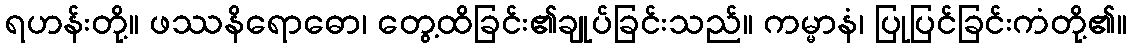
ရဟန်းတို့။ ဖဿနိရောဓော၊ တွေ့ထိခြင်း၏ချုပ်ခြင်းသည်။ ကမ္မာနံ၊ ပြုပြင်ခြင်းကံတို့၏။